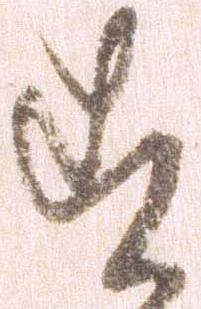
す